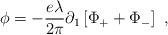
LaTeX: \begin{align*}\phi=-\frac{e\lambda}{2\pi}\partial_1\left[\Phi_+ + \Phi_-\right]\ ,\end{align*}